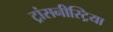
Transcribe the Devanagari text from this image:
ट्रांसनीस्ट्रिया